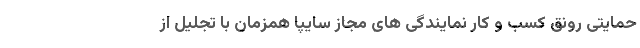
حمایتی رونق کسب و کار نمایندگی های مجاز سایپا همزمان با تجلیل از